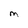
Character: M